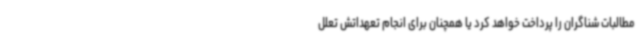
مطالبات شناگران را پرداخت خواهد کرد یا همچنان برای انجام تعهداتش تعلل